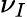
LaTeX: \nu_{I}